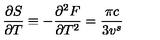
\frac { \partial S } { \partial T } \equiv - \frac { \partial ^ { 2 } F } { \partial T ^ { 2 } } = \frac { \pi c } { 3 v ^ { s } }